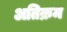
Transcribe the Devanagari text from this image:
अतिक्रम